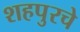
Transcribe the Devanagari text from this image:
शहपुरचे